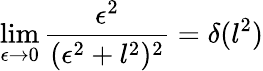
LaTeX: \operatorname*{lim}_{\epsilon\to 0}\frac{\epsilon^{2}}{(\epsilon^{2}+l^{2})^{2}}=\delta(l^{2})